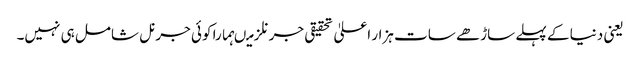
یعنی دنیا کے پہلے ساڑھے سات ہزار اعلیٰ تحقیقی جرنلز میںہمارا کوئی جرنل شامل ہی نہیں۔